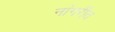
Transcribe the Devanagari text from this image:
नांगरीत